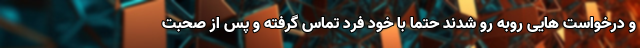
و درخواست هایی روبه رو شدند حتما با خود فرد تماس گرفته و پس از صحبت